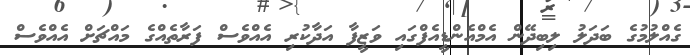
ގެއްލުމުގެ ބަދަލު ލިބިދޭން އެމްއެންޑީއެފްގައި ވަޒީފާ އަދާކުރި އެއްވެސް ފަރާތެއްގެ މައްޗަށް އެއްވެސް